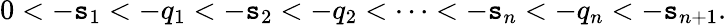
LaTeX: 0<-\mathtt{s}_{1}<-q_{1}<-\mathtt{s}_{2}<-q_{2}<\cdots<-\mathtt{s}_{n}<-q_{n}<-\mathtt{s}_{n+1}.